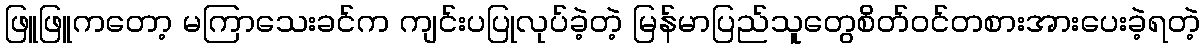
ဖြူဖြူကတော့ မကြာသေးခင်က ကျင်းပပြုလုပ်ခဲ့တဲ့ မြန်မာပြည်သူတွေစိတ်ဝင်တစားအားပေးခဲ့ရတဲ့